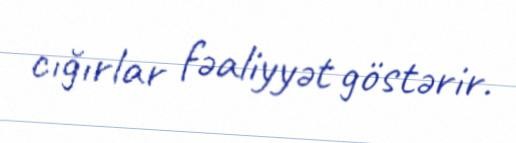
cığırlar fəaliyyət göstərir.